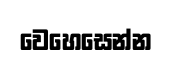
වෙහෙසෙන්න